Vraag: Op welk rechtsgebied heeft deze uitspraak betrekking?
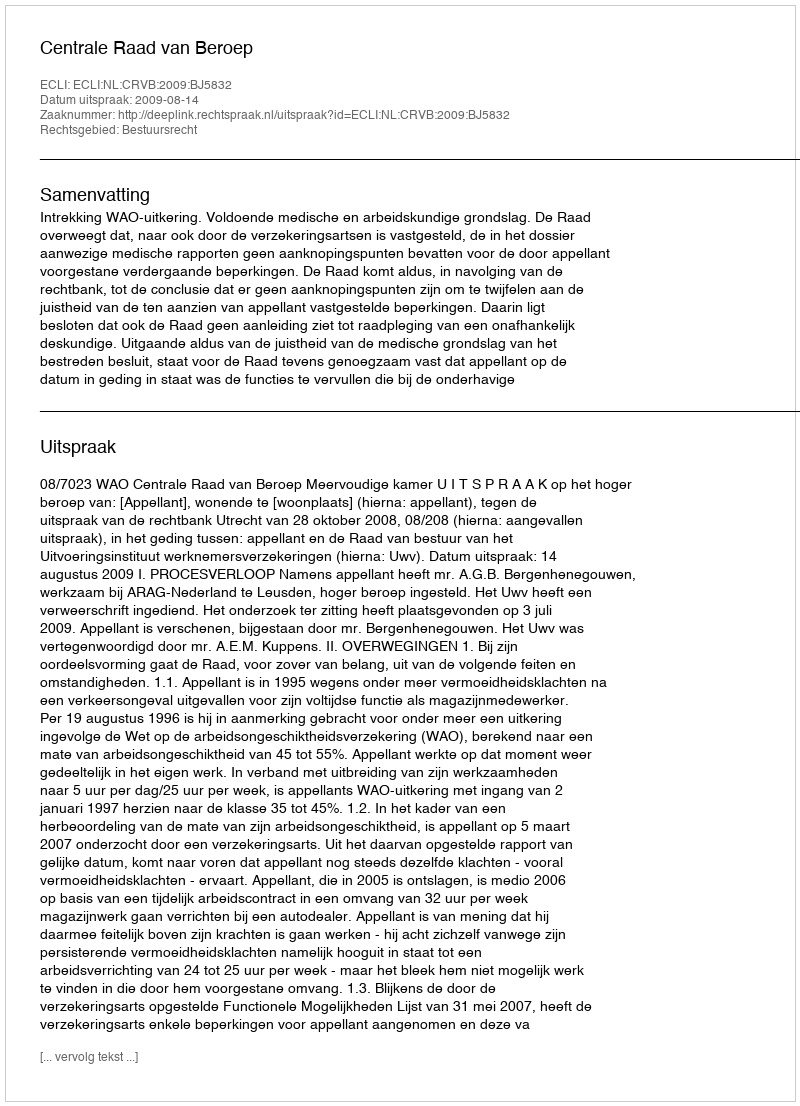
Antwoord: Bestuursrecht